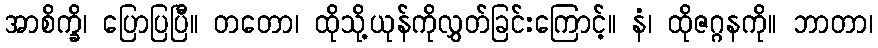
အာစိက္ခိ၊ ပြောပြပြီ။ တတော၊ ထိုသို့ယုန်ကိုလွှတ်ခြင်းကြောင့်။ နံ၊ ထိုဇဂ္ဂနကို။ ဘာတာ၊